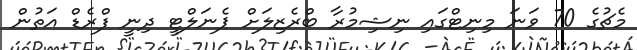
މެޗުގެ 70 ވަނަ މިނިޓްގައި ނިޝިމުރާ ބްރެޒިލަށް ޕެނަލްޓީ ދިނީ ފްރެޑް އަތުން